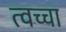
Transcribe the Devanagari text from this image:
त्वच्चा